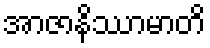
အာဇာနိဿာမာတိ